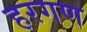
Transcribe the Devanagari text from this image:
हरगण